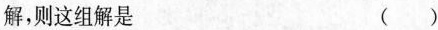
解，则这组解是 ()